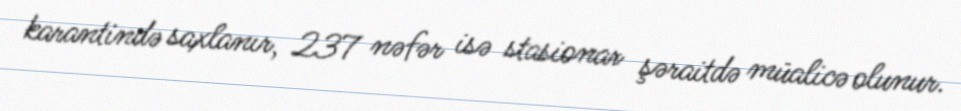
karantində saxlanır, 237 nəfər isə stasionar şəraitdə müalicə olunur.